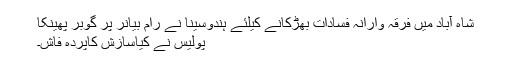
شاہ آباد میں فرقہ وارانہ فسادات بھڑکانے کیلئے ہندوسینا نے رام بیانر پر گوبر پھینکا
پولیس نے کیاسازش کاپردہ فاش۔